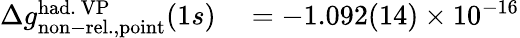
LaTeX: \begin{array}{rl}{\Delta{g}_{\mathrm{non-rel.,point}}^{\mathrm{had.\ VP}}(1s)}&{{}=-1.092(14)\times 10^{-16}}\end{array}